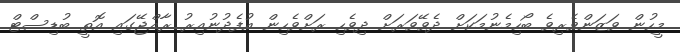
މީހުން ވަޒަންވެރިވެ ބޯހިމެނުމަކަށް ދެވޭވަރަށް ދިވެހި ރަށްވެހިން އުފެދުނުއިރު ރާއްޖޭގައި އޮތީ ބުޑިސްޓް